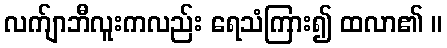
လက်ျာဘီလူးကလည်း ရေသံကြား၍ ထလာ၏ ။